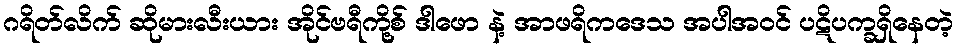
ဂရိတ်လိက် ဆိုမားလီးယား အိုင်ဗရီကို့စ် ဒါဖော နဲ့ အာဖရိကဒေသ အပါအဝင် ပဋိပက္ခရှိနေတဲ့